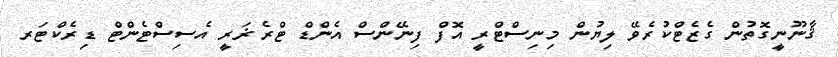
ޤާނޫނީގޮތުން ގެޒެޓްކުރެވޭ ލިޔުން މިނިސްޓްރީ އޮފް ފިނޭންސް އެންޑް ޓްރެޜަރީ އެސިސްޓެންޓް ޑިރެކްޓަރ